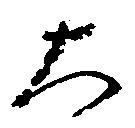
大